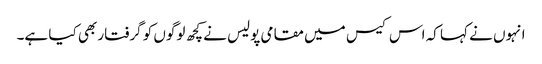
انہوں نے کہا کہ اس کیس میں مقامی پولیس نے کچھ لوگوں کو گرفتار بھی کیا ہے۔